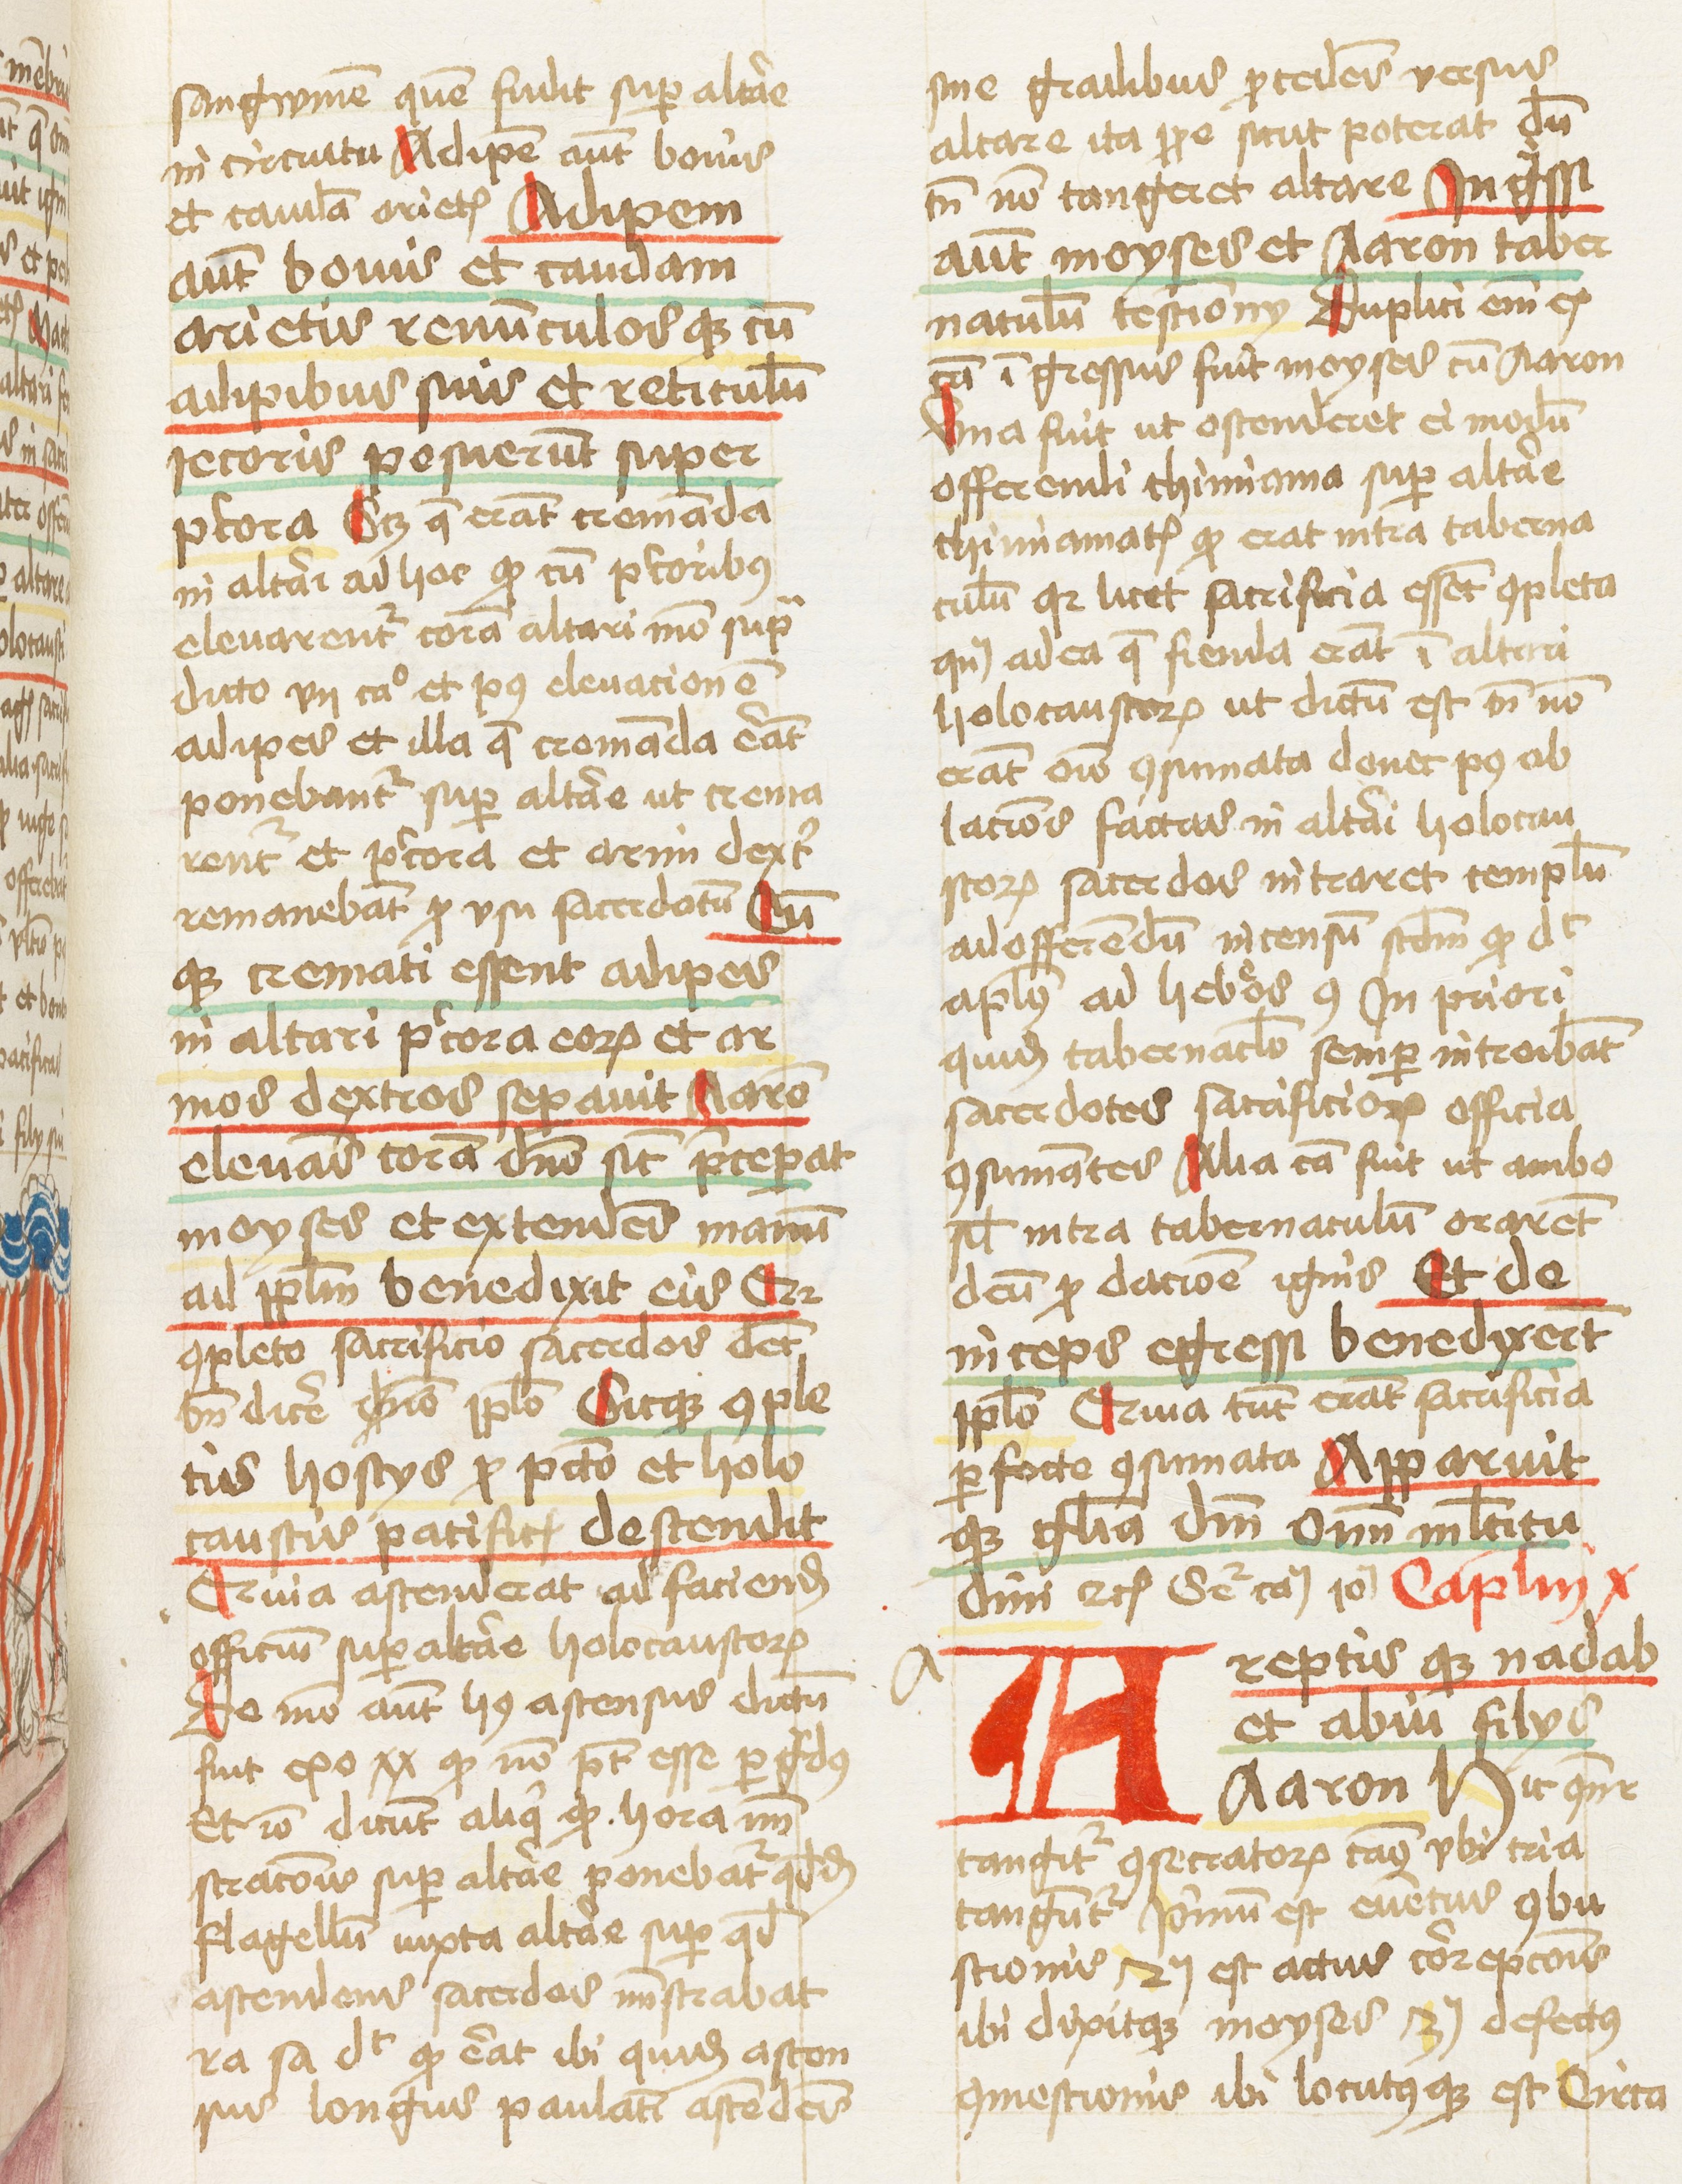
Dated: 1460–1461